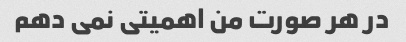
در هر صورت من اهمیتی نمی دهم